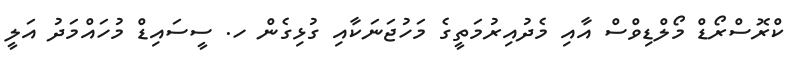
ކްރޮސްރޯޑް މޯލްޑިވްސް އާއި މެދުއިރުމަތީގެ މަހުޖަނަކާއި ގުޅިގެން ހ. ސީސައިޑް މުހައްމަދު އަލީ